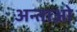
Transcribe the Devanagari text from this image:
अन्ताओ